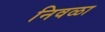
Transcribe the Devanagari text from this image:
निवळा